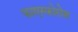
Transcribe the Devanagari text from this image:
फाएस्फोरोस